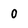
Character: 0